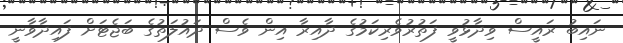
ނައިބު ރައީސް ވިދާޅުވީ ފަތުރުވެރިކަމުގެ ދާއިރާ އިން ވެސް ދައުލަތުގެ ބަޖެޓަށް ފައިދާވާނީ